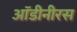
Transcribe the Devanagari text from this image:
ऑडीनीरस